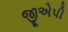
જીએપી